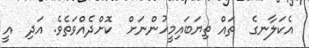
އެކަލާނގެ  ތައް ތިޔަބައިމީހުންނަށް  ކޮށްދެއްވަތެވެ. އަދި  އީ